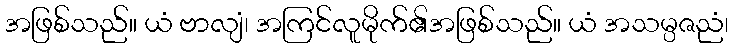
အဖြစ်သည်။ ယံ ဗာလျံ၊ အကြင်လူမိုက်၏အဖြစ်သည်။ ယံ အသမ္ပဇညံ၊